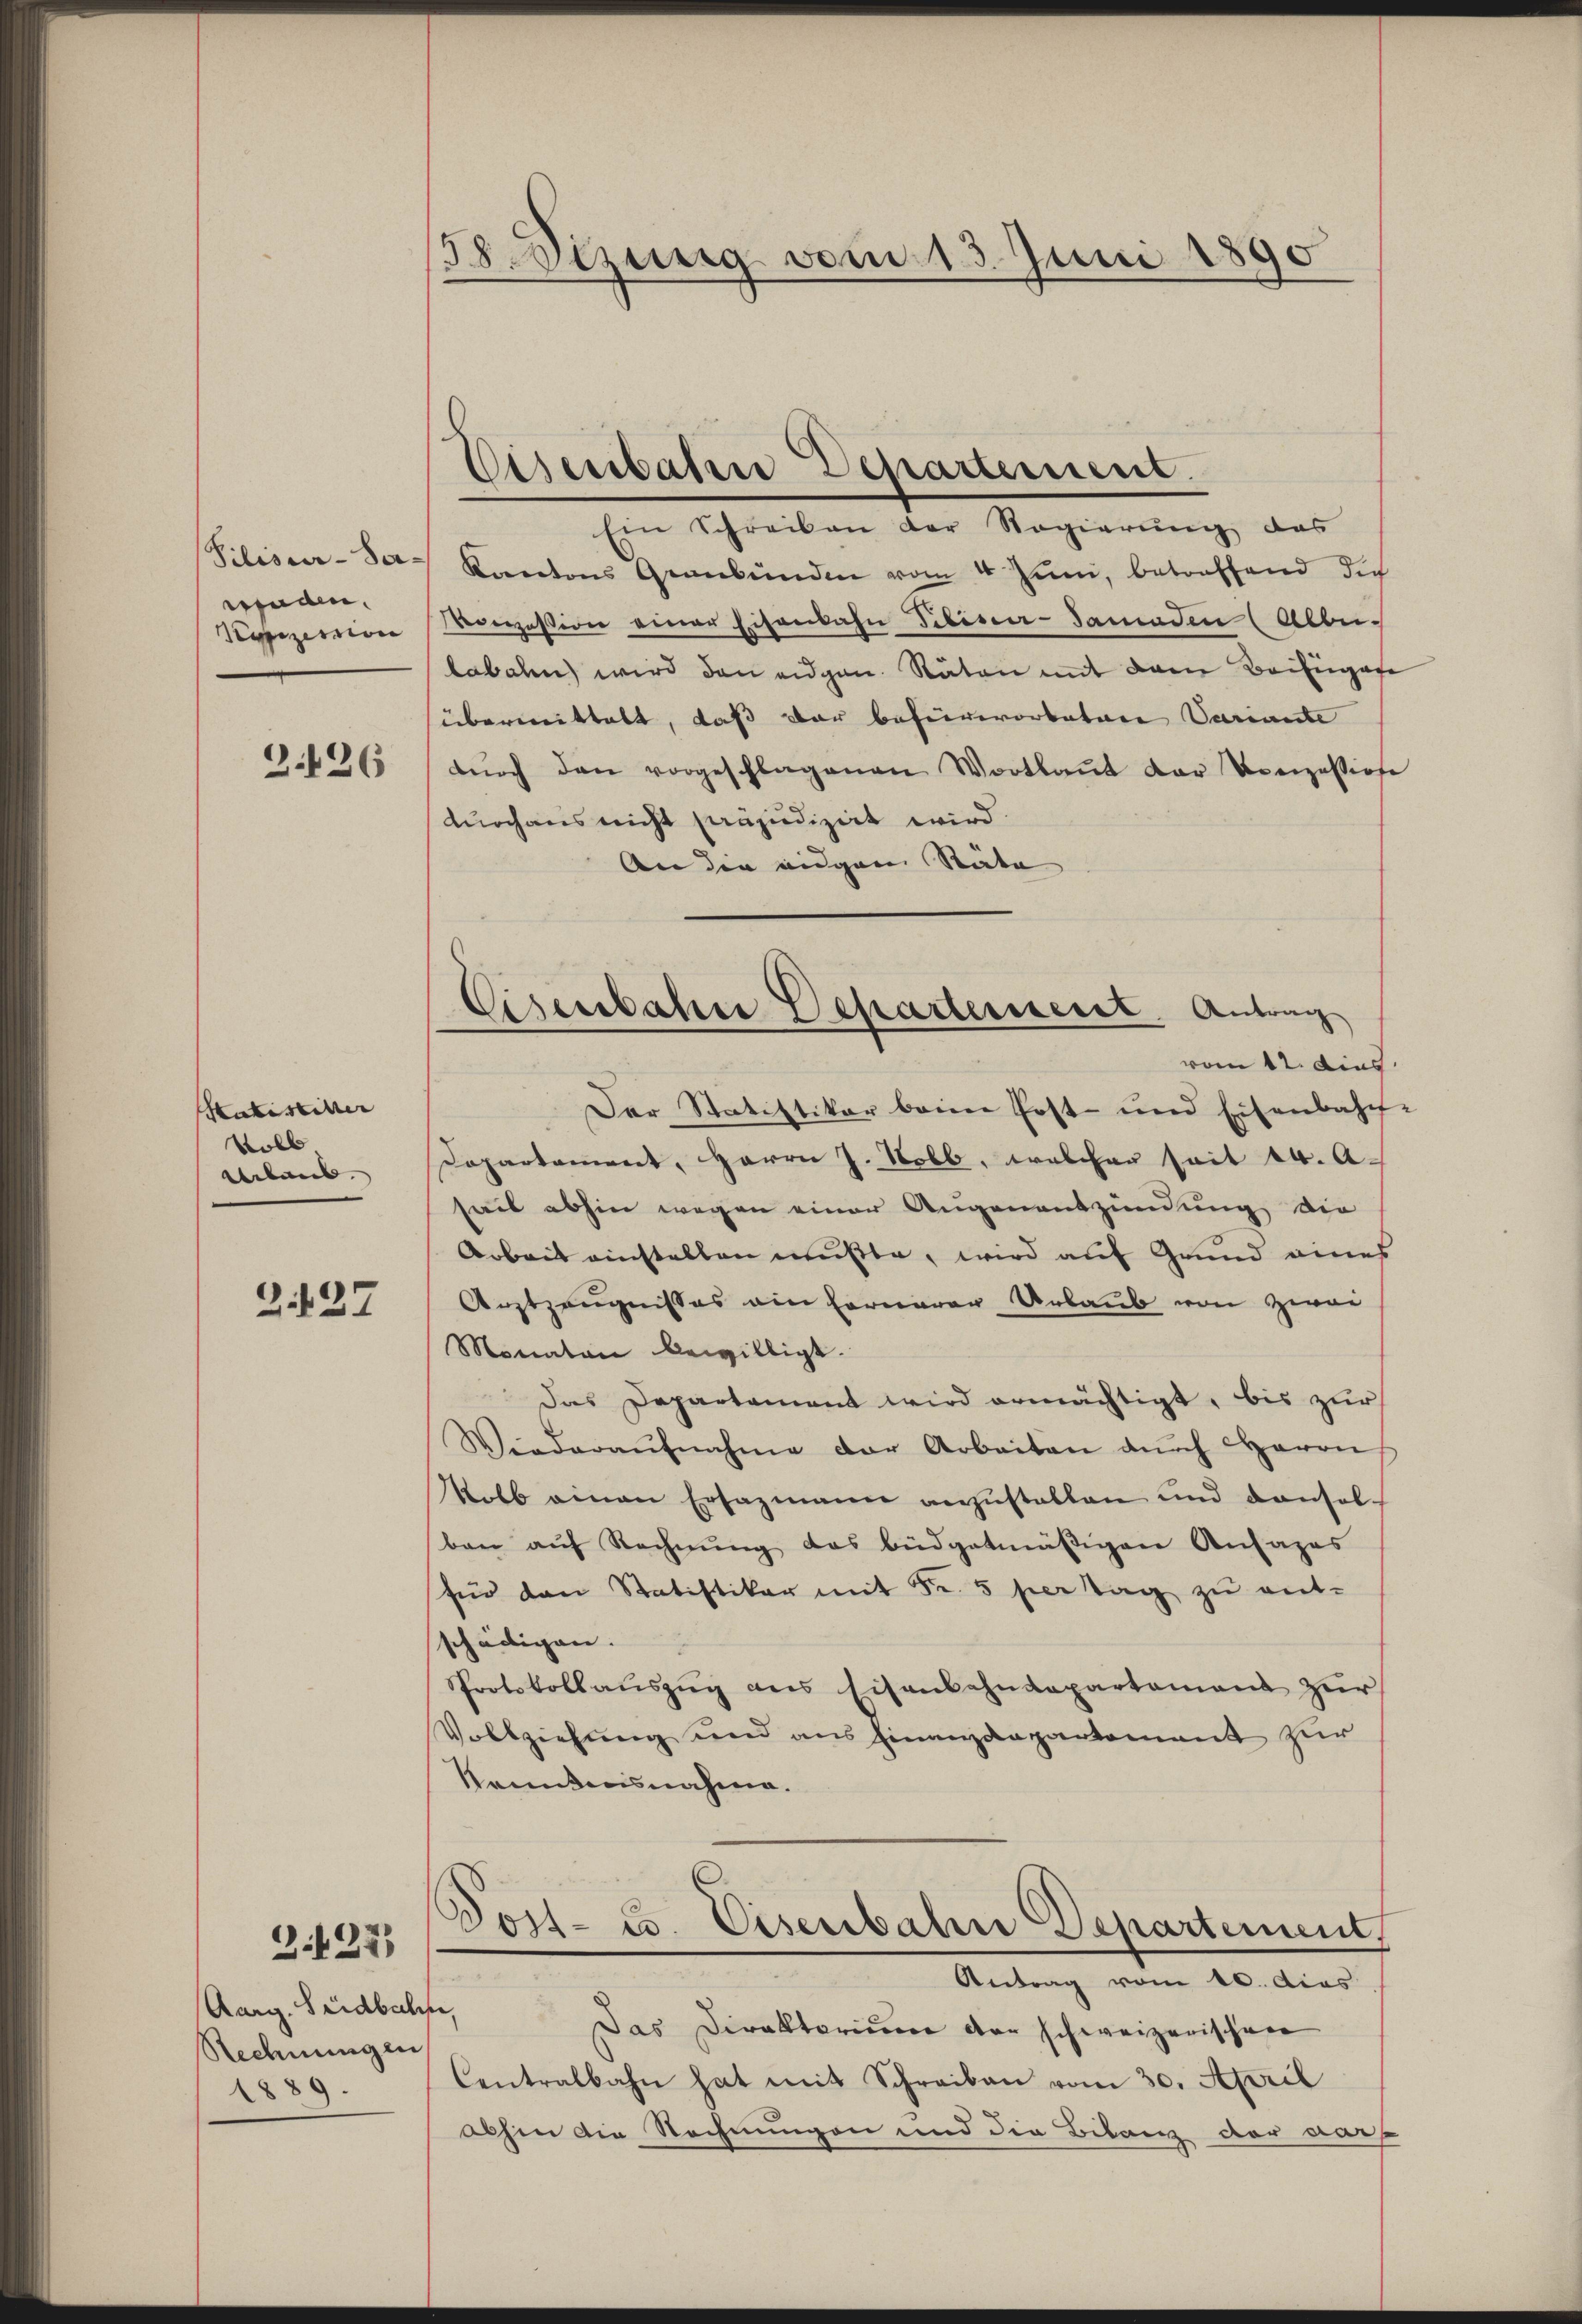
Silisier-Sa-
wenden.
Pasizerrion

3426

Katistirter
Volb,
Alaub.

Z.127

237)

Aarg. Seidbache,
Rechnungen
1889.

158. Sizung vom 13. Juni 1890

Cisenbaten Departement.

Cisenbahre Departeiseret, Antrag

Ein Schreiben der Regierung des
Kantons Gewebenden vom 4. Juni, betreffend dich
Monzession einer Eisenbahn Tibiser-Samaden (Abbelabalen wird den eidgen. Räten mit dem Beifügete
übermittelt, daß der befürworbatare Variante
dŭrch den vorgeschlagenen Wortlaut der Konzessione
durchaus nicht präjudizirt wird.
An die eidgen Räte
vom 12. dies
Der Statistiker beim Post- und Eisenbahn-
Departament, Herrn J. Nobb, welcher seit 14. A.
sait abhin wegen einer Augenantzündung die
Arbeit einstellen mußte, wird auf Grund eines
Arztzeugnisses ein Fernerer Urlaub von Zwei
Monaten bewilligt.
Das Departament wird ermächtigt, bis zur
Wiederaŭfnahme der Arbeiten aŭch Herrn
Kolb einen Ersazmann anzŭstellen und densel
ben aŭf Rechnŭng das büdgetmäβigen Ansages
für den Statistiker mit Fr. 5 hier tag zu ent-
schädigen.
Protokollaŭszŭg ans Eisenbahndepartament zŭr
Vollziehung und aus Finanzdepartement zur
kenntnisnahme.
Doil- u. Eisenbahre Departement,
Antrag vom 10. dies
Das Direktorium der schweizerischen
Centralbahn hat mit Schreiben vom 30. April
abhin die Rechnungen und die Bilanz der vor¬